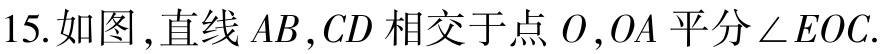
15. 如图，直线 \(AB,CD\) 相交于点 \(O\)，\(OA\) 平分 \(\angle EOC\).